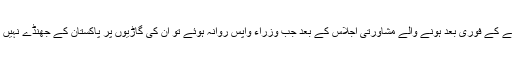
فیصلے کے فوری بعد ہونے والے مشاورتی اجلاس کے بعد جب وزراء واپس روانہ ہوئے تو ان کی گاڑیوں پر پاکستان کے جھنڈے نہیں تھے۔